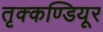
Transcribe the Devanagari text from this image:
तृक्कण्डियूर